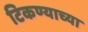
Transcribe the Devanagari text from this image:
टिकण्याच्या